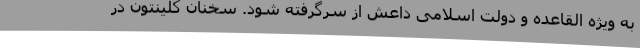
به ویژه القاعده و دولت اسلامی داعش از سرگرفته شود. سخنان کلینتون در